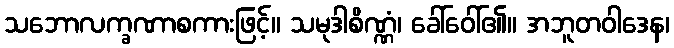
သဘောလက္ခဏာစကားဖြင့်။ သမုဒါစိဏ္ဏံ၊ ခေါ်ဝေါ်၏။ အဘူတဝါဒေန၊